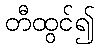
တီထွင်၍